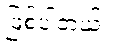
ဖြစ်ပါတယ်။